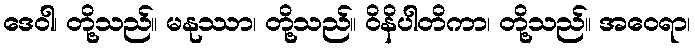
ဒေဝါ၊ တို့သည်။ မနုဿာ၊ တို့သည်။ ဝိနိပါတိကာ၊ တို့သည်။ အဝေရာ၊